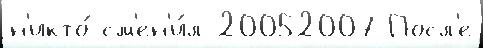
н'икто́ см'ен'и́л 20052007 Посл'е